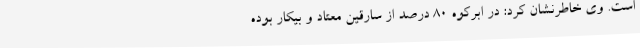
است. وی خاطرنشان کرد: در ابرکوه 80 درصد از سارقین معتاد و بیکار بوده